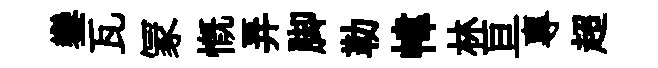
鑾瓦冡慨弄脚勒幃林亘專超